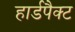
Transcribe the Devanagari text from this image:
हार्डपैक्ट